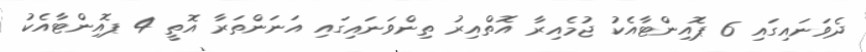
ދެވަނައިގައި 6 ޕޮއިންޓާއެކު ޖުމެއިރާ އޮތްއިރު ތިންވަނައިގައި އަނަންތަރާ އޮތީ 4 ޕޮއިންޓާއެކު